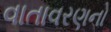
વાતાવરણનો